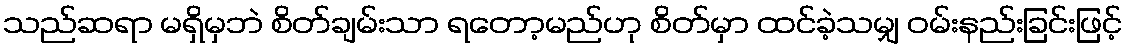
သည်ဆရာ မရှိမှဘဲ စိတ်ချမ်းသာ ရတော့မည်ဟု စိတ်မှာ ထင်ခဲ့သမျှ ဝမ်းနည်းခြင်းဖြင့်